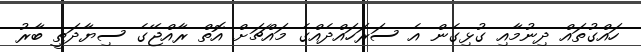
ހައްގުތައް ދިނުމާއި ގުޅިގެން އެ ސަރަހައްދެއްގެ މައްޗަށް އޮތް ރާއްޖޭގެ ސިޔާދަތީ ބާރު